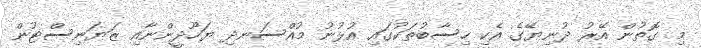
މި ގޮތުން އޭރު ދުނިޔޭގެ އެކި ހިސާބުތަކުގައި އުޅުނު މުއްސަނދި ޔަހޫދީންނާއި ޒަޔަނިސްޓުން